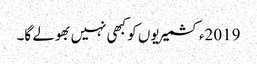
2019ءکشمیریوں کو کبھی نہیں بھولے گا۔